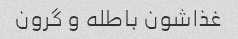
غذاشون باطله و گرون